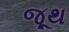
જૂથ